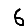
Digit: 6